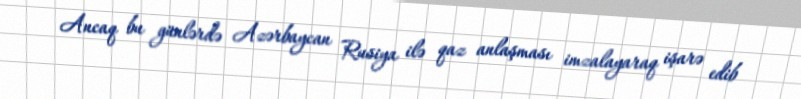
Ancaq bu günlərdə Azərbaycan Rusiya ilə qaz anlaşması imzalayaraq işarə edib